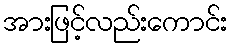
အားဖြင့်လည်းကောင်း